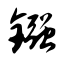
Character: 镪